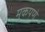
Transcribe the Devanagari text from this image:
मुकपणे